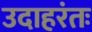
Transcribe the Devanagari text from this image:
उदाहरंतः